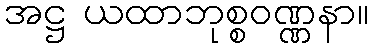
အဋ္ဌ ယထာဘုစ္စဝဏ္ဏနာ။